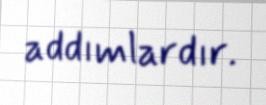
addımlardır.